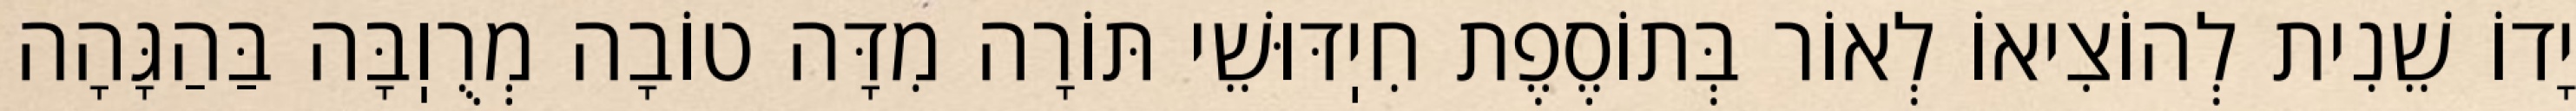
יָדוֹ שֵׁנִית לְהוֹצִיאוֹ לְאוֹר בְּתוֹסֶפֶת חִיֽדּוּשֵׁי תּוֹרָה מִדָּה טוֹבָה מְרֻוֽבָּה בַּהַגָּהָה